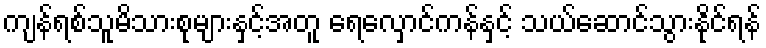
ကျန်ရစ်သူမိသားစုများနှင့်အတူ ရေလှောင်ကန်နှင့် သယ်ဆောင်သွားနိုင်ရန်